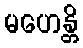
မဟေန္တိ